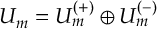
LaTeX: U _ { m } = U _ { m } ^ { ( + ) } \oplus U _ { m } ^ { ( - ) }